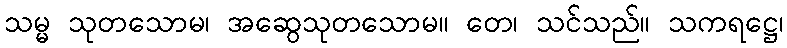
သမ္မ သုတသောမ၊ အဆွေသုတသောမ။ တေ၊ သင်သည်။ သကရဋ္ဌေ၊